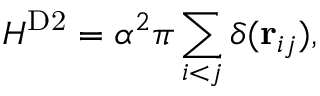
H ^ { \mathrm { D 2 } } = \alpha ^ { 2 } \pi \sum _ { i < j } \delta ( \mathbf { r } _ { i j } ) ,